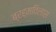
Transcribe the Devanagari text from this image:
ब्रह्मविलास